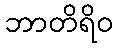
ဘာတိရိဝ